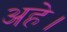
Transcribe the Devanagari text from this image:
अहे।